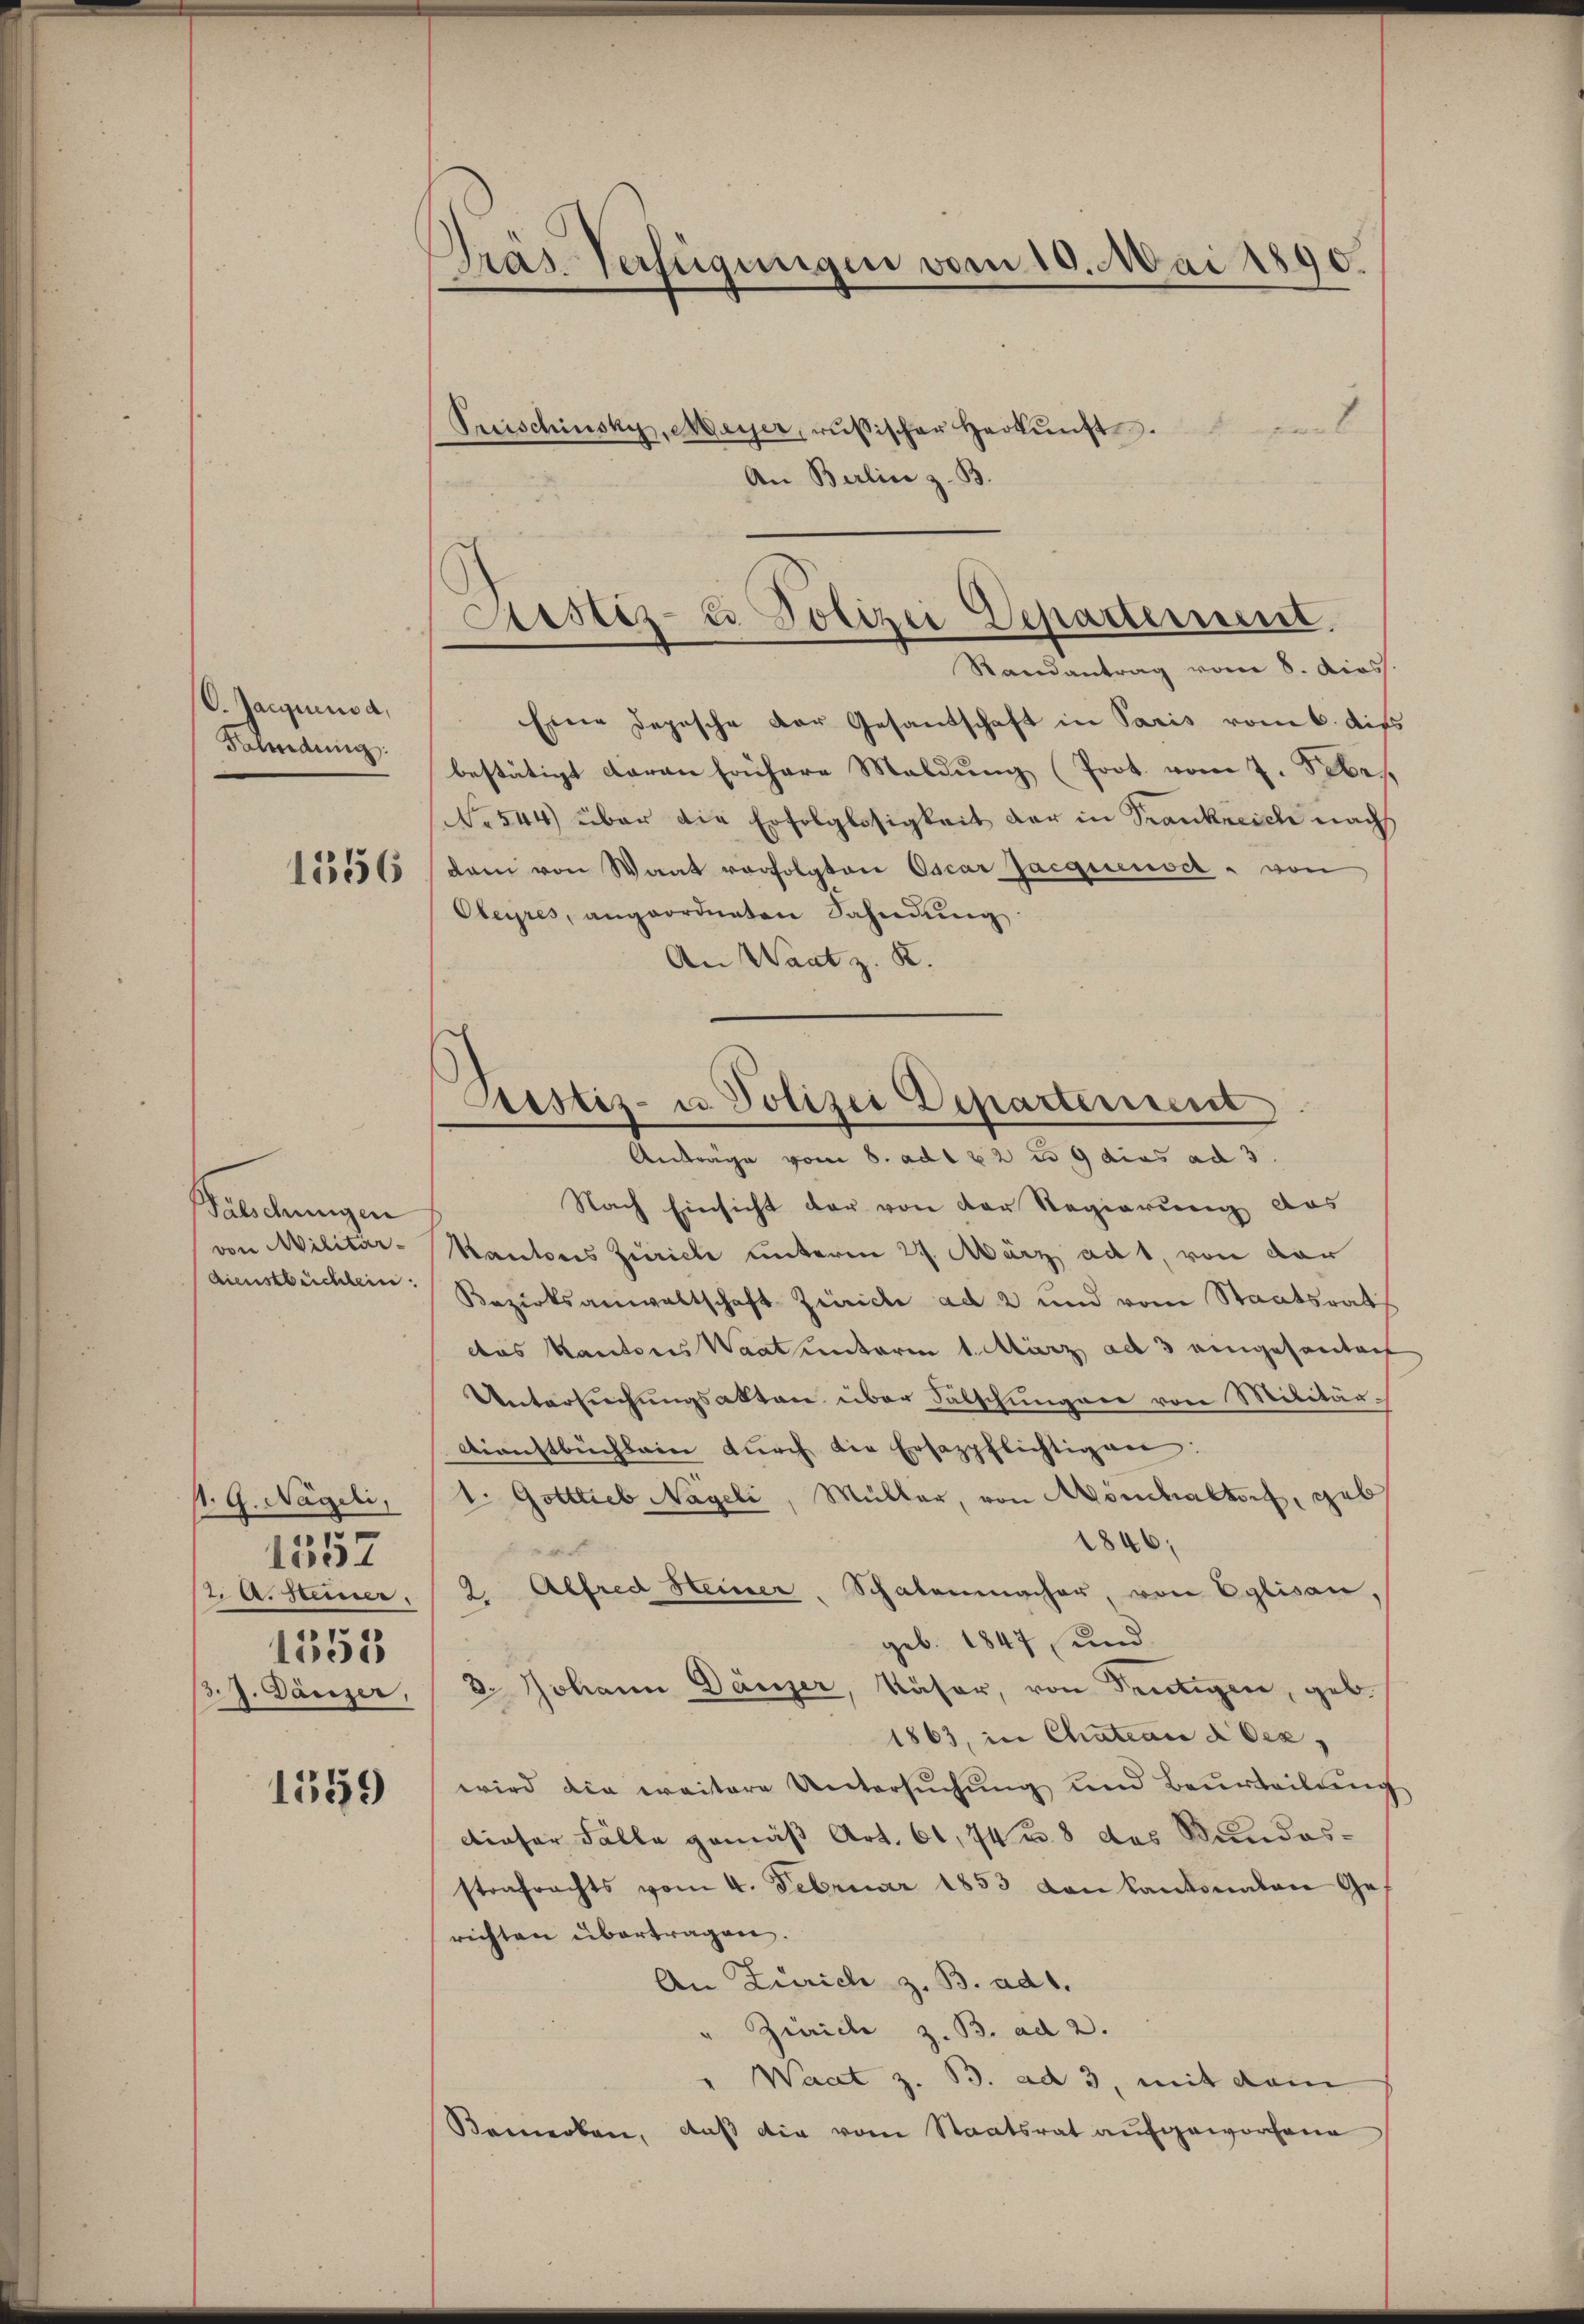
C. Jacqueusa,
Fahndung.
1556

Wälschungen
von Militär-
dienstbüchlein.

1. G. Nägeli,
2. A. Steiner.
1353
3.J. Dänzer,

.
1531

1559

Präs. Verfügungen vom 10. Mai 1890.

Sistiz- u. Polizei Departement.
Randantrag vom 8. diess.

Preischinsky, Meyer, russischer Herkunft.
An Berlin z. B.
Eine Depesche der Gesandschaft in Paris vom 6. dies
bestätigt daran frühere Maldung (Prot. vom 7. Febr.
NNo. 544) über die Erfolglosigkeit der in Trankreich nach
dam von Waat vorfolgten Oscar Jacquenser " von
Obeyres, angeordneten Sahndŭng
An Waat z. R.
Prestiz- u Polizei Departement

Anträge vom 8. ad 122 u. 9 dies ad 3
Nach Einsicht der von der Regierung das
Kantons Zürich unterm 27. März ad 1, von der
Bezirksanwaltschaft Zürich ad 2 und vom Staatsrat
das Kantons Waatunterm 1. März ad 3 angesantref
Untersuchungsakten über Fälschungene von Militär¬
Dienstbüchlein dŭrch die Ersazpflichtigen:
1. Gottlieb Nägeli, Müller, von Mönchaltorf, geb
1846;

2. Alfred Heiner Schalenmacher, von Eglisau,
geb. 1847 und
2. Johann Dänzer, Käser, von Sentigen, geb.
1863, in Chatian 2 Ocz,
wird die weitere Untersŭchŭng und Beurteilŭng
dieser Fälle gemäß Art. 61, 74 u. 8 des Bundesstrafrachts vom 4. Februar 1853 von Kantonalen Gerichten übertragen.
An Zürich z. B. ad 1.
Zürich z. B. ad 2.
" Waat z. B. ad 3, mit dem
Bemerken, daß die vom Staatsrat aufgeworfene